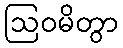
ဩဝမိတွာ